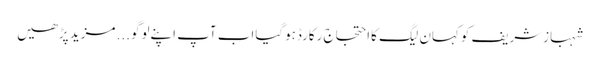
شہبازشریف کوکہان لیگ کااحتجاج رکارڈہوگیااب آپ اپنےلوگو... مزید پڑھیں